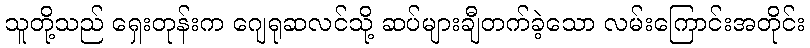
သူတို့သည် ရှေးတုန်းက ဂျေရုဆလင်သို့ ဆပ်များချီတက်ခဲ့သော လမ်းကြောင်းအတိုင်း